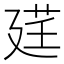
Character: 𫸓